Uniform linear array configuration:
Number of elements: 16
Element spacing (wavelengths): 0.5
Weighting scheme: hann
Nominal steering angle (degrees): -45
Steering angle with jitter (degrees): -43.46
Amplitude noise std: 0.05
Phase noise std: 0.05

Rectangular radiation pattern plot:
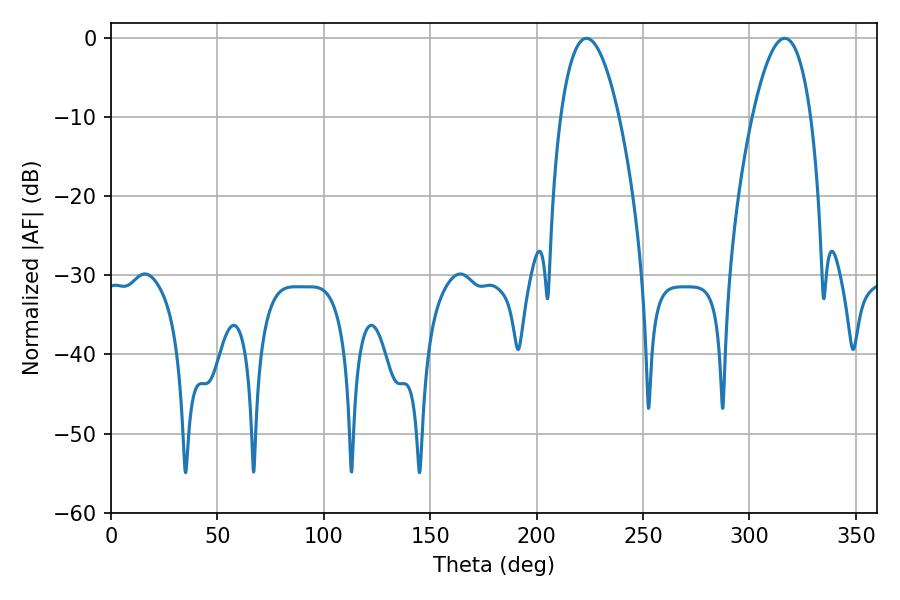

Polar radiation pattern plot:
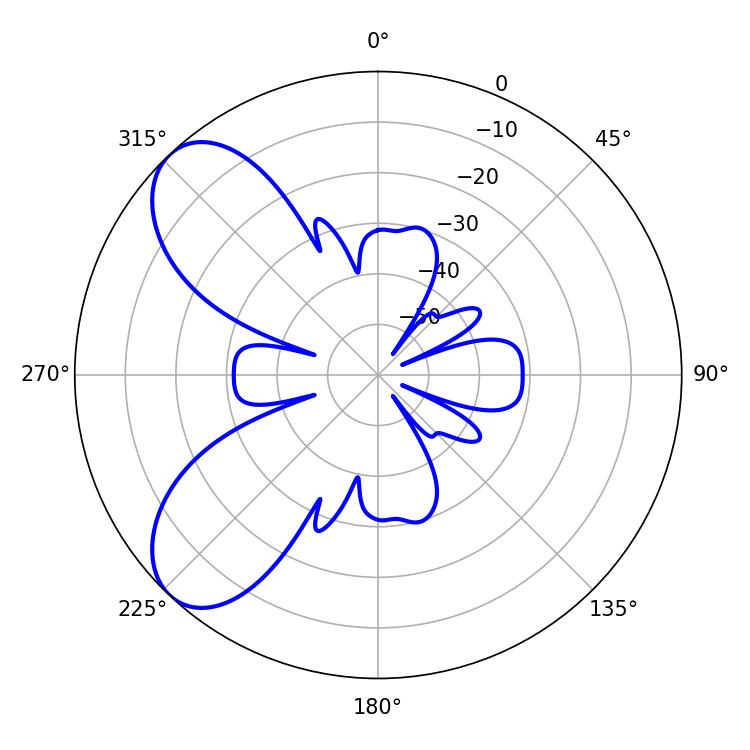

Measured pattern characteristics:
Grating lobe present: FALSE
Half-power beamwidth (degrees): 15.12
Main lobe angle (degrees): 223.38